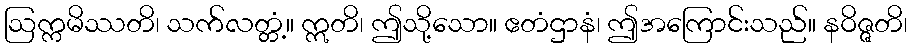
ဩက္ကမိဿတိ၊ သက်လတ္တံ့။ ဣတိ၊ ဤသို့သော။ ဧတံဌာနံ၊ ဤအကြောင်းသည်။ နဝိဇ္ဇတိ၊